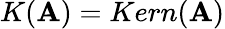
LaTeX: K(\mathbf{A})=Kern(\mathbf{A})